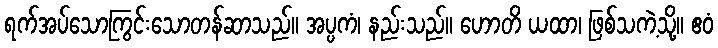
ရက်အပ်သောကြွင်းသောတန်ဆာသည်။ အပ္ပကံ၊ နည်းသည်။ ဟောတိ ယထာ၊ ဖြစ်သကဲ့သို့။ ဧဝံ